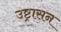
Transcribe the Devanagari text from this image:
उष्ट्रासन